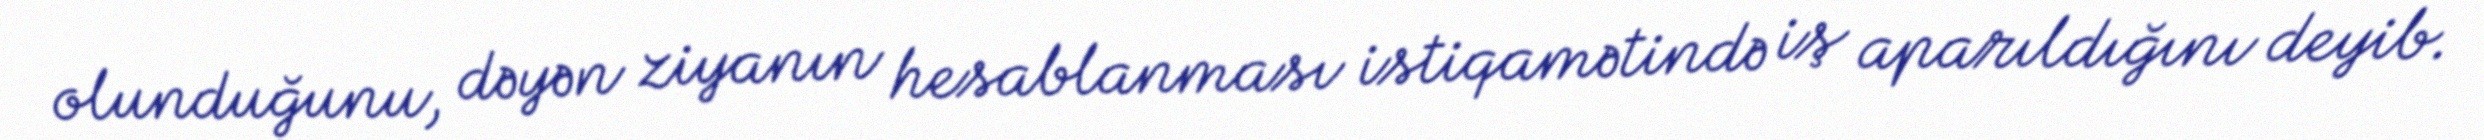
olunduğunu, dəyən ziyanın hesablanması istiqamətində iş aparıldığını deyib.